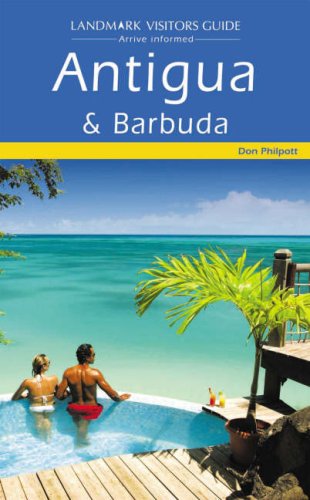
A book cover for Landmark Visitors Guide Antigua & Barbuda (Landmark Visitors Guide Antigua and Barbuda); Landmark; Travel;